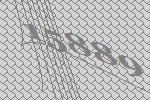
15889